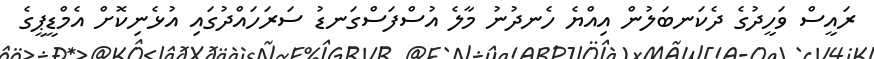
ރައީސް ވަހީދުގެ ދެކަނބަލުން އިއްޔެ ހެނދުނު މާލެ އުސްފަސްގަނޑު ސަރަހައްދުގައި އުޅެނިކޮށް އެމްޑީޕީގެ